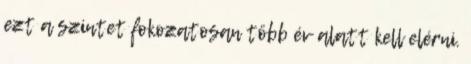
ezt a szintet fokozatosan több év alatt kell elérni.